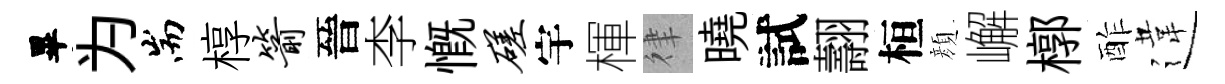
畢为耑椁箭晉李慨磋宇楎律曉試翿桓顔嶰槨酢違